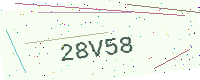
Text: 28V58